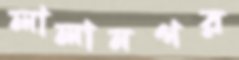
লালানগর